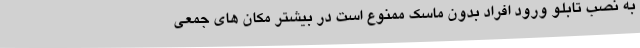
به نصب تابلو ورود افراد بدون ماسک ممنوع است در بیشتر مکان های جمعی